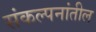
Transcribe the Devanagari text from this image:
संकल्पनांतील